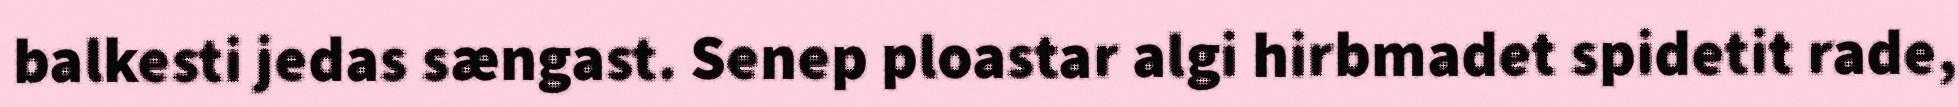
balkesti jedas sængast. Senep ploastar algi hirbmadet spidetit rade,